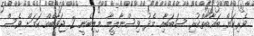
ވެރިކަން ބަޣާބާތްކުރި ސަބަބާއި މެދު ވިސްނާލީމާ މިލިބެނީ 2 ޖަވާބެއް ކަމަށް ވެސް